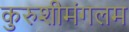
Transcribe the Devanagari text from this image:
कुरुशीमंगलम